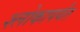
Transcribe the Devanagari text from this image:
श्लोकापर्यंत